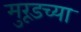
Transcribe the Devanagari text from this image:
मुरूडच्या